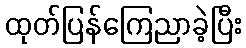
ထုတ်ပြန်ကြေညာခဲ့ပြီး